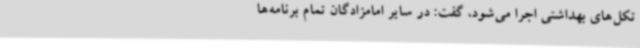
تکل‌های بهداشتی اجرا می‌شود، گفت: در سایر امامزادگان تمام برنامه‌ها